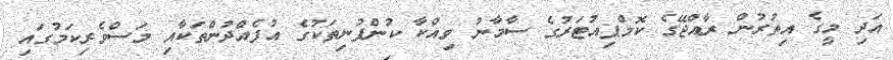
އަދި މީގެ އިތުރުން ރާއްޖޭގެ ކޮމްޕިއުޓަރުގެ ސާމާނު ވިއްކާ ކުންފުނިތަކުގެ އުފެއްދުންތަކާއި މަސްވެރިކަމުގައި